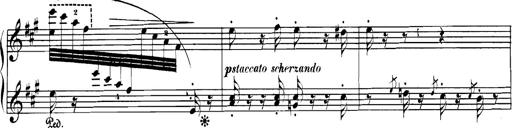
Title: Spinnerlied aus dem Fliegenden HollÃ¤nder
Composer: Franz Liszt